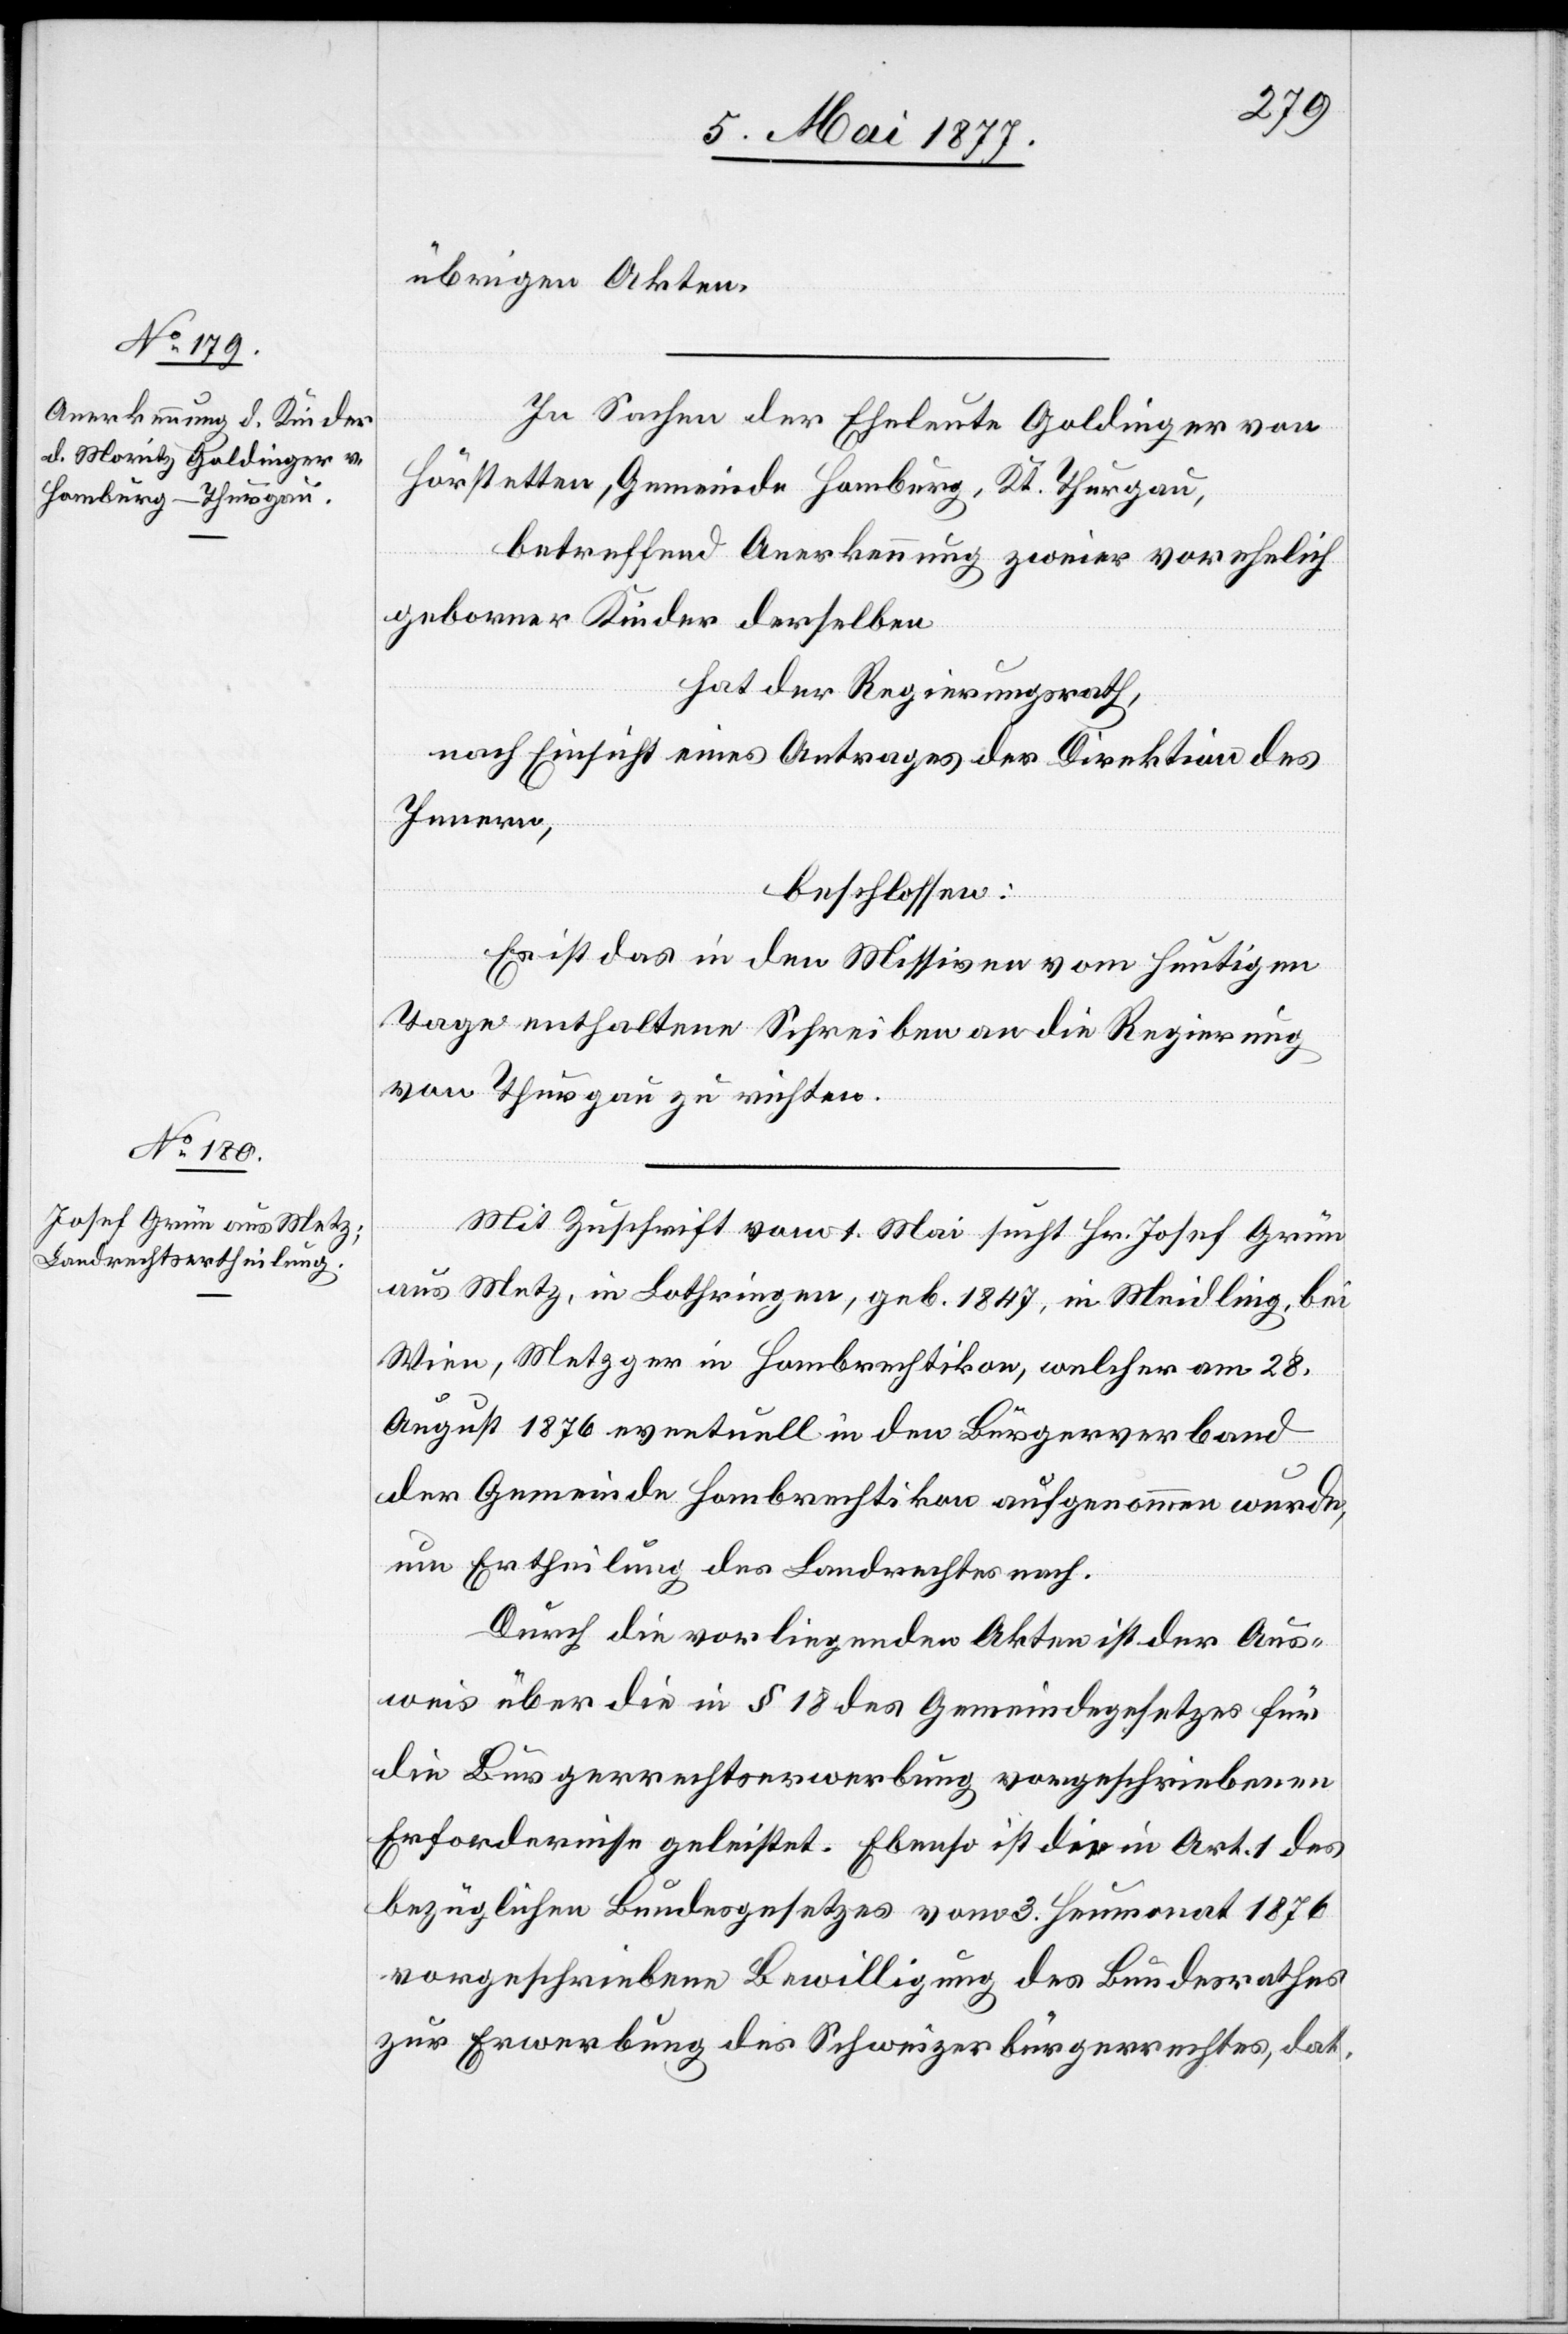
übrigen Akten.
In Sachen der Eheleute Goldinger von
Hörstetten, Gemeinde Homburg, Kt. Thurgau,
betreffend Anerkennung zweier vorehelich
geborner Kinder derselben,
hat der Regierungsrath,
nach Einsicht eines Antrages der Direktion des
Innern,
beschlossen:
Es ist das in den Missiven vom heutigen
Tage enthaltene Schreiben an die Regierung
von Thurgau zu richten.
Mit Zuschrift vom 1. Mai sucht Hr. Josef Grün
aus Metz, in Lothringen, geb. 1847, in Meidling bei
Wien, Metzger in Hombrechtikon, welcher am 28.
August 1876 eventuell in den Bürgerverband
der Gemeinde Hombrechtikon aufgenommen wurde,
um Ertheilung des Landrechtes nach.
Durch die vorliegenden Akten ist der Aus¬
weis über die in § 18 des Gemeindegesetzes für
die Bürgerrechtserwerbung vorgeschriebenen
Erfordernisse geleistet. Ebenso ist die in Art. 1 des
bezüglichen Bundesgesetzes vom 3. Heumonat 1876
vorgeschriebene Bewilligung des Bundesrathes
zur Erwerbung des Schweizerbürgerrechtes, dat.